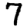
Digit: 7